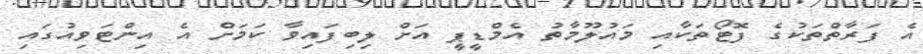
އެ ފަރާތްތަކުގެ ފޮޓޯތަކާއި މައުލޫމާތު އެމްޑީޕީ އަށް ލިބިފައިވާ ކަމަށް އެ އިންޓަވިއުގައި